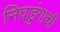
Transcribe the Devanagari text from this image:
निवडुंगाची